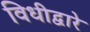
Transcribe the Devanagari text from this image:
विधीद्वारे